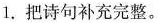
1.把诗句补充完整。